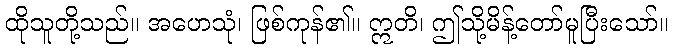
ထိုသူတို့သည်။ အဟေသုံ၊ ဖြစ်ကုန်၏။ ဣတိ၊ ဤသို့မိန့်တော်မူပြီးသော်။